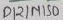
Text: D12/MISO